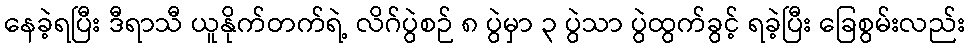
နေခဲ့ရပြီး ဒီရာသီ ယူနိုက်တက်ရဲ့ လိဂ်ပွဲစဉ် ၈ ပွဲမှာ ၃ ပွဲသာ ပွဲထွက်ခွင့် ရခဲ့ပြီး ခြေစွမ်းလည်း